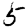
Digit: 5